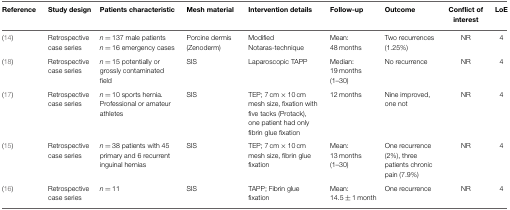
<table><thead><tr><td><b>Reference</b></td><td><b>Study design</b></td><td><b>Patients characteristic</b></td><td><b>Mesh material</b></td><td><b>Intervention details</b></td><td><b>Follow-up</b></td><td><b>Outcome</b></td><td><b>Conflict of interest</b></td><td><b>LoE</b></td></tr></thead><tbody><tr><td>(14)</td><td>Retrospective case series</td><td><i>n</i> = 137 male patients <i>n</i> = 16 emergency cases</td><td>Porcine dermis (Zenoderm)</td><td>Modified Notaras-technique</td><td>Mean: 48 months</td><td>Two recurrences (1.25%)</td><td>NR</td><td>4</td></tr><tr><td>(18)</td><td>Retrospective case series</td><td><i>n</i> = 15 potentially or grossly contaminated field</td><td>SIS</td><td>Laparoscopic TAPP</td><td>Median: 19 months (1–30)</td><td>No recurrence</td><td>NR</td><td>4</td></tr><tr><td>(17)</td><td>Retrospective case series</td><td><i>n</i> = 10 sports hernia. Professional or amateur athletes</td><td>SIS</td><td>TEP; 7 cm × 10 cm mesh size, fixation with five tacks (Protack), one patient had only fibrin glue fixation</td><td>12 months</td><td>Nine improved, one not</td><td>NR</td><td>4</td></tr><tr><td>(15)</td><td>Retrospective case series</td><td><i>n</i> = 38 patients with 45 primary and 6 recurrent inguinal hernias</td><td>SIS</td><td>TEP; 7 cm × 10 cm mesh size, fibrin glue fixation</td><td>Mean: 13 months (1–30)</td><td>One recurrence (2%), three patients chronic pain (7.9%)</td><td>NR</td><td>4</td></tr><tr><td>(16)</td><td>Retrospective case series</td><td><i>n</i> = 11</td><td>SIS</td><td>TAPP; Fibrin glue fixation</td><td>Mean: 14.5 ± 1 month</td><td>One recurrence</td><td>NR</td><td>4</td></tr></tbody></table>